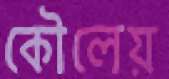
কৌলেয়